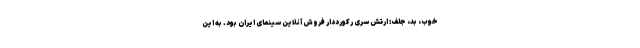
خوب، بد، جلف: ارتش سری رکورددار فروش آنلاین سینمای ایران بود. به این